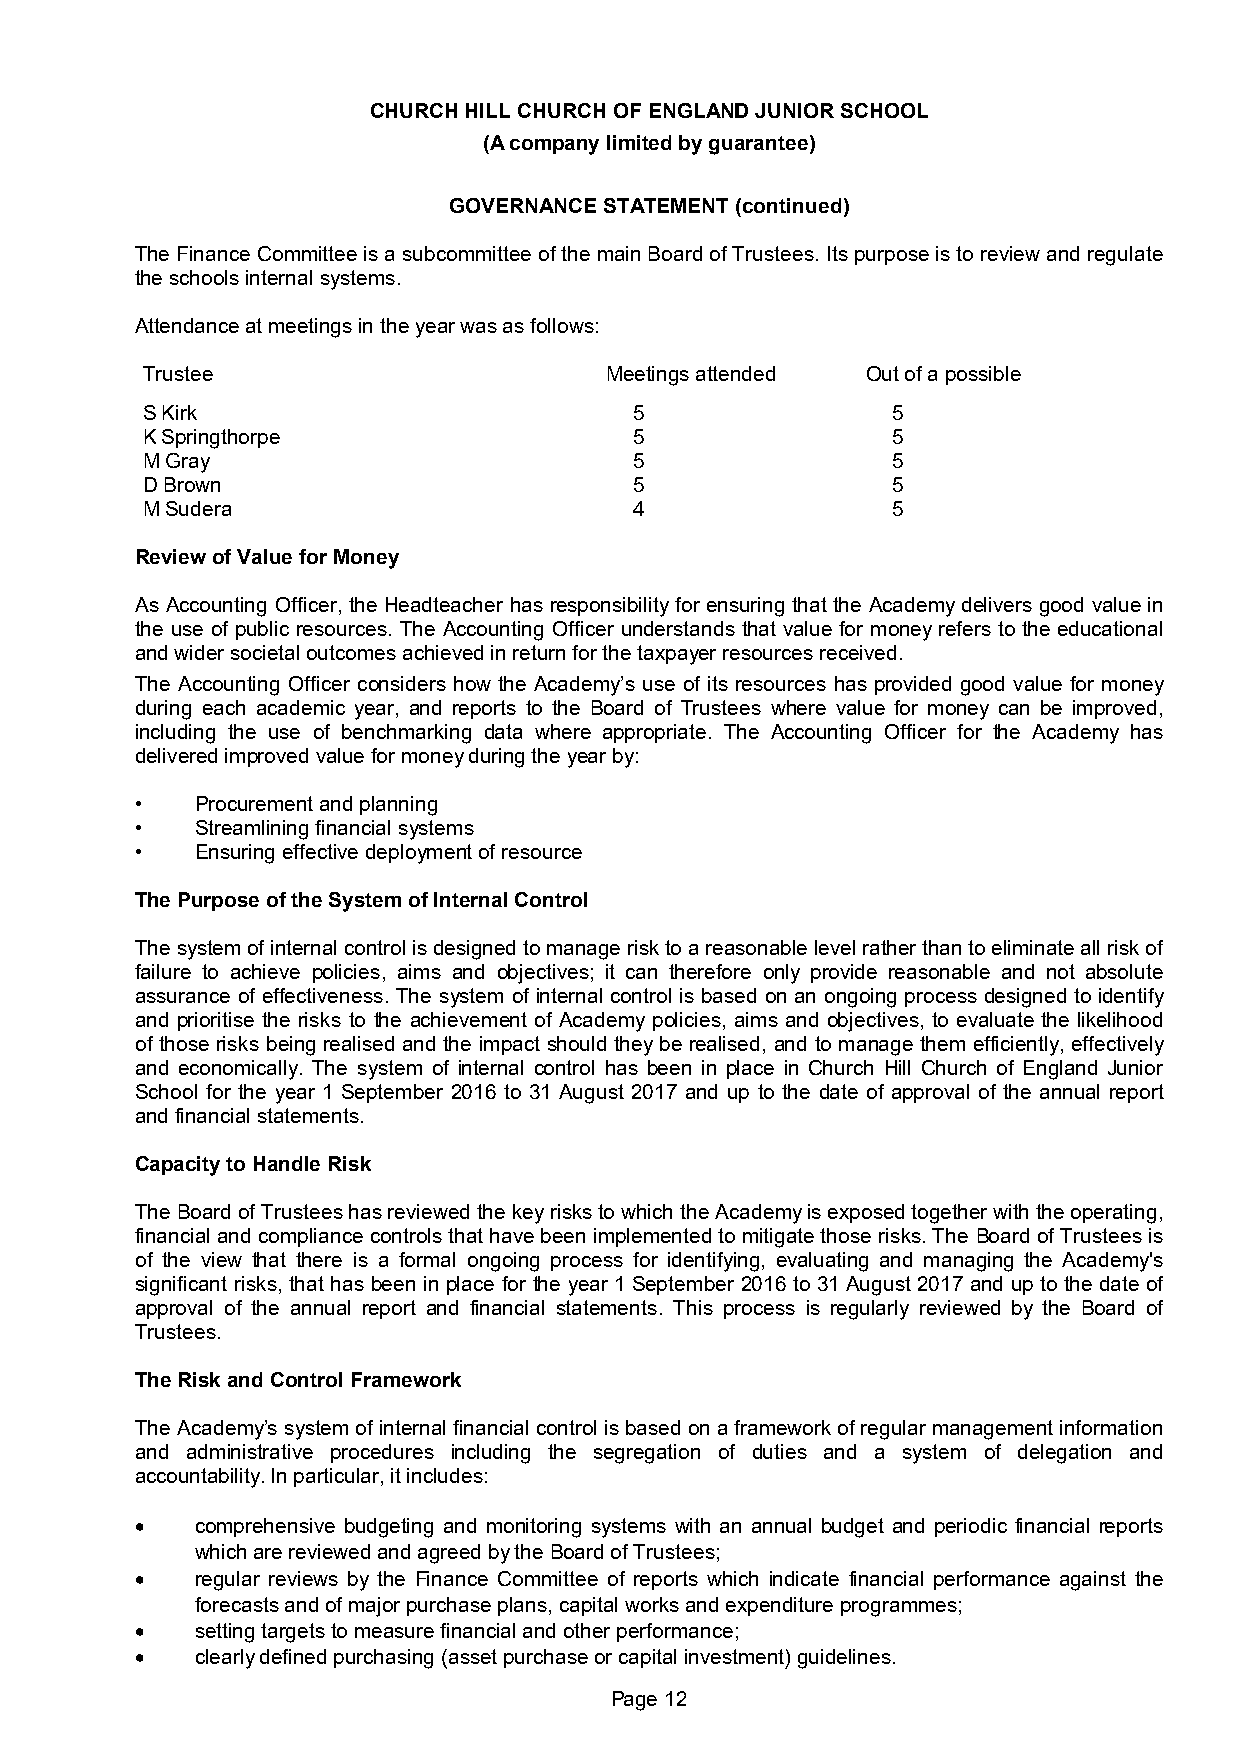
CHURCH HILL CHURCH OF ENGLAND JUNIOR SCHOOL
 (A company limited by guarantee)
 GOVERNANCE STATEMENT (continued)
 The Finance Committee is a subcommittee of the main Board of Trustees. Its purpose is to review and regulate
 the schools internal systems.
 Attendance at meetings in the year was as follows:
 Trustee                        Meetings attended Out of a possible
 S Kirk                           5                5
 K Springthorpe                   5                5
 M Gray                           5                5
 D Brown                          5                5
 M Sudera                         4                5
 Review of Value for Money
 As Accounting Officer, the Headteacher has responsibility for ensuring that the Academy delivers good value in
 the use of public resources. The Accounting Officer understands that value for money refers to the educational
 and wider societal outcomes achieved in return for the taxpayer resources received.
 The Accounting Officer considers how the Academy’s use of its resources has provided good value for money
 during each academic year, and reports to the Board of Trustees where value for money can be improved,
 including the use of benchmarking data where appropriate. The Accounting Officer for the Academy has
 delivered improved value for money during the year by:
 •   Procurement and planning
 •   Streamlining financial systems
 •   Ensuring effective deployment of resource
 The Purpose of the System of Internal Control
 The system of internal control is designed to manage risk to a reasonable level rather than to eliminate all risk of
 failure to achieve policies, aims and objectives; it can therefore only provide reasonable and not absolute
 assurance of effectiveness. The system of internal control is based on an ongoing process designed to identify
 and prioritise the risks to the achievement of Academy policies, aims and objectives, to evaluate the likelihood
 of those risks being realised and the impact should they be realised, and to manage them efficiently, effectively
 and economically. The system of internal control has been in place in Church Hill Church of England Junior
 School for the year 1 September 2016 to 31 August 2017 and up to the date of approval of the annual report
 and financial statements.
 Capacity to Handle Risk
 The Board of Trustees has reviewed the key risks to which the Academy is exposed together with the operating,
 financial and compliance controls that have been implemented to mitigate those risks. The Board of Trustees is
 of the view that there is a formal ongoing process for identifying, evaluating and managing the Academy's
 significant risks, that has been in place for the year 1 September 2016 to 31 August 2017 and up to the date of
 approval of the annual report and financial statements. This process is regularly reviewed by the Board of
 Trustees.
 The Risk and Control Framework
 The Academy’s system of internal financial control is based on a framework of regular management information
 and administrative procedures including the segregation of duties and a system of delegation and
 accountability. In particular, it includes:
    comprehensive budgeting and monitoring systems with an annual budget and periodic financial reports
 which are reviewed and agreed by the Board of Trustees;
    regular reviews by the Finance Committee of reports which indicate financial performance against the
 forecasts and of major purchase plans, capital works and expenditure programmes;
    setting targets to measure financial and other performance;
    clearly defined purchasing (asset purchase or capital investment) guidelines.
 Page 12